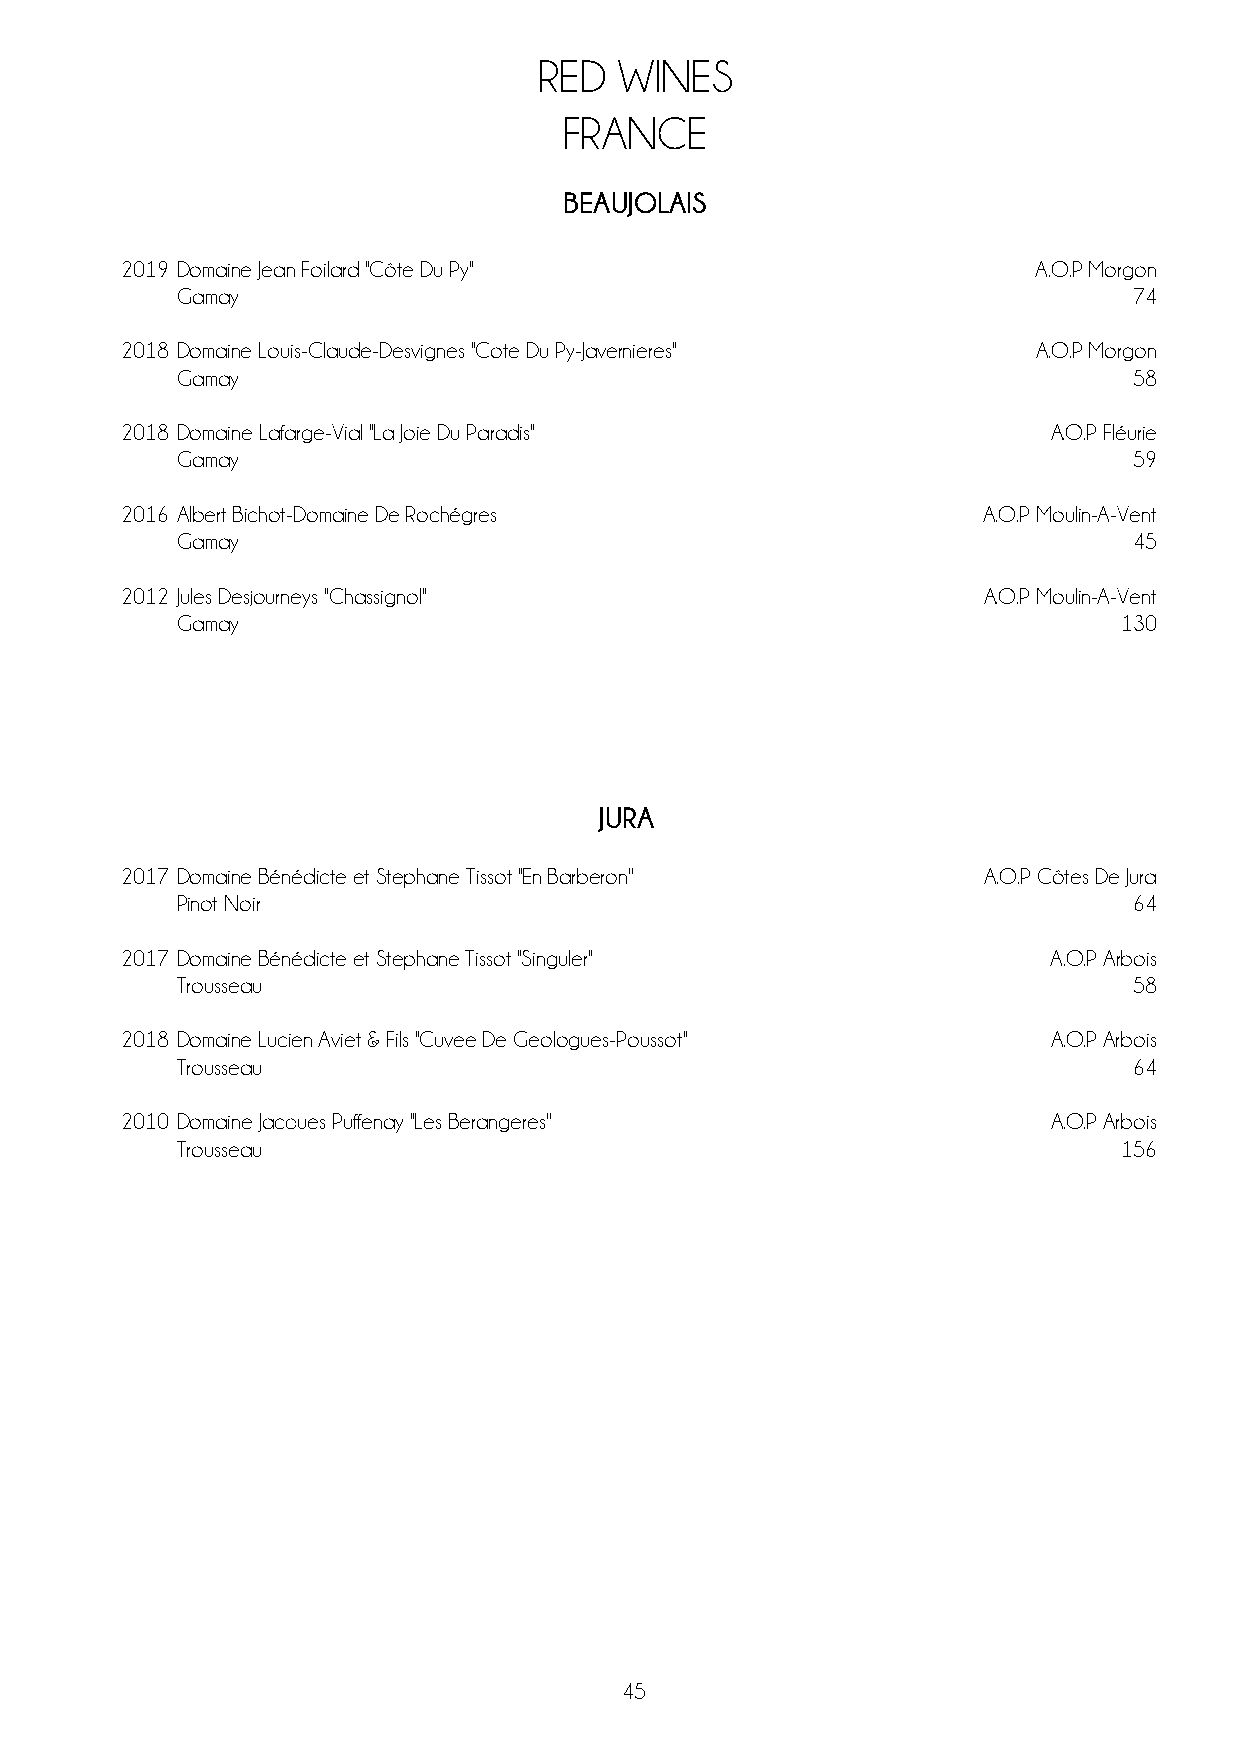
RED  WINES
 FRANCE
 BEAUJOLAIS
 2019 Domaine Jean Foilard ''Côte Du Py''                     A.O.P Morgon
 Gamay                                                          74
 2018 Domaine Louis-Claude-Desvignes ''Cote Du Py-Javernieres'' A.O.P Morgon
 Gamay                                                          58
 2018 Domaine Lafarge-Vial ''La Joie Du Paradis''             A.O.P Fléurie
 Gamay                                                          59
 2016 Albert Bichot-Domaine De Rochégres                  A.O.P Moulin-A-Vent
 Gamay                                                          45
 2012 Jules Desjourneys ''Chassignol''                    A.O.P Moulin-A-Vent
 Gamay                                                         130
 JURA
 2017 Domaine Bénédicte et Stephane Tissot ''En Barberon'' A.O.P Côtes De Jura
 Pinot Noir                                                     64
 2017 Domaine Bénédicte et Stephane Tissot ''Singuler''        A.O.P Arbois
 Trousseau                                                      58
 2018 Domaine Lucien Aviet & Fils ''Cuvee De Geologues-Poussot'' A.O.P Arbois
 Trousseau                                                      64
 2010 Domaine Jacques Puffenay ''Les Berangeres''              A.O.P Arbois
 Trousseau                                                     156
 45